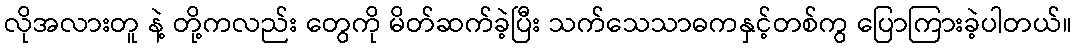
လိုအလားတူ နဲ့ တို့ကလည်း တွေကို မိတ်ဆက်ခဲ့ပြီး သက်သေသာဓကနှင့်တစ်ကွ ပြောကြားခဲ့ပါတယ်။